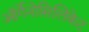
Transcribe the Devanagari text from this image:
ऑर्गेनोसिलिकेट